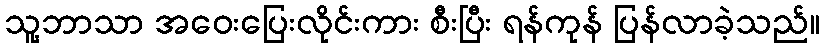
သူ့ဘာသာ အဝေးပြေးလိုင်းကား စီးပြီး ရန်ကုန် ပြန်လာခဲ့သည်။